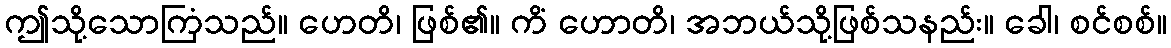
ဤသို့သောကြံသည်။ ဟေတိ၊ ဖြစ်၏။ ကိံ ဟောတိ၊ အဘယ်သို့ဖြစ်သနည်း။ ခေါ၊ စင်စစ်။